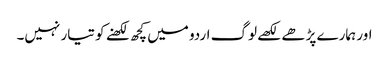
اور ہمارے پڑھے لکھے لوگ اردو میں کچھ لکھنے کو تیار نہیں۔